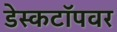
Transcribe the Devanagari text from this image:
डेस्कटॉपवर